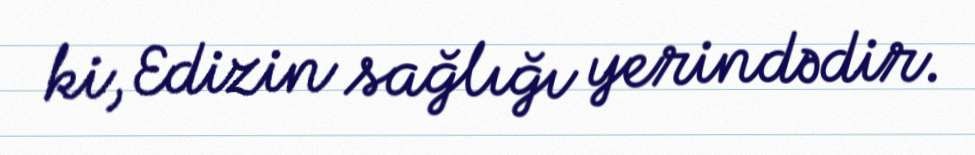
ki, Edizin sağlığı yerindədir.